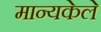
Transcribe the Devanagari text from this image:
मान्यकेले